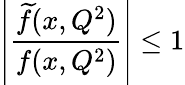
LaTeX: \left|\frac{{\widetilde f}(x,Q^{2})}{f(x,Q^{2})}\right|\le 1